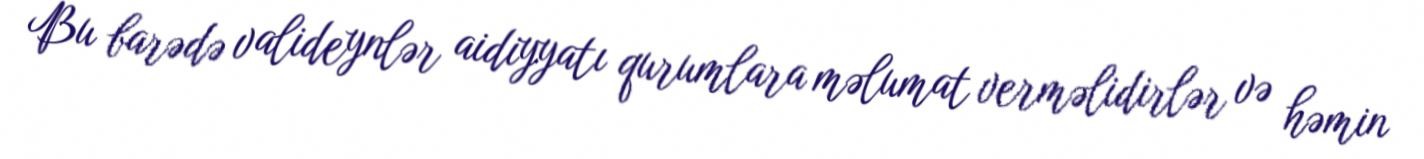
Bu barədə valideynlər aidiyyatı qurumlara məlumat verməlidirlər və həmin